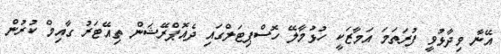
އޭނާ ވިދާޅުވީ ފުރަތަމަ އަމާޒަކީ ހުޅުމާލޭ ހޮސްޕިޓަލްގައި ދެއޮޕްރޭޝަން ތިއޭޓަރު ގާއިމް ކުރުން